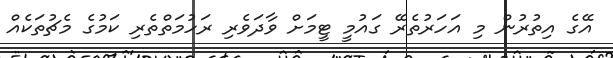
އޭގެ އިތުރުން މި އަހަރުތެރޭ ގައުމީ ޓީމަށް ވާދަވެރި ރަހުމަތްތެރި ކަމުގެ މެޗުތަކެއް